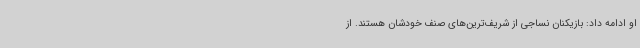
او ادامه داد: بازیکنان نساجی از شریف‌ترین‌های صنف خودشان هستند. از